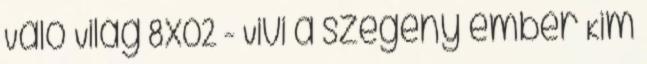
Való Világ 8x02 - Vivi a szegény ember Kim